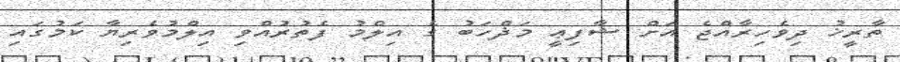
ތާރީޚު ދިވެހިރާއްޖެ އަށް ޝާފިޢީ މަޛްހަބު ގެ އިލްމު ފެތުރުއްވި އިލްމުވެރިޔާ ކަމުގައި